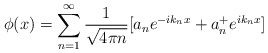
\begin{align*}\phi(x) = \sum^{\infty}_{n=1} {1 \over \sqrt{4\pi n}} [a_n e^{-ik_nx} + a^+_ne^{ik_nx}]\end{align*}